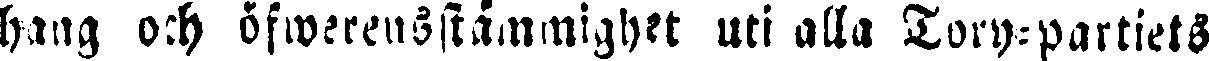
häng och öfwerensstämmighet uti alla Tory-partiets